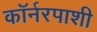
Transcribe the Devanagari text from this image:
कॉर्नरपाशी